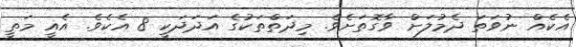
އެކެއް ނުވަތަ ދެމުލަށް ވާގޮތަށެވެ. މިދަތްތަކުގެ އަދަދަކީ 8 އެކެވެ. އެއީ މަތީ